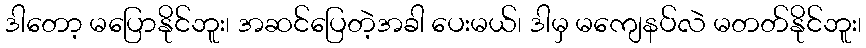
ဒါတော့ မပြောနိုင်ဘူး၊ အဆင်ပြေတဲ့အခါ ပေးမယ်၊ ဒါမှ မကျေနပ်လဲ မတတ်နိုင်ဘူး၊